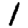
Digit: 1